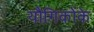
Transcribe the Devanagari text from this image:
यौगिकोंके